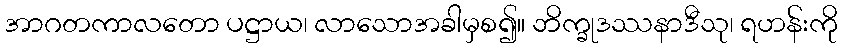
အာဂတကာလတော ပဋ္ဌာယ၊ လာသောအခါမှစ၍။ ဘိက္ခုဒဿနာဒီသု၊ ရဟန်းကို